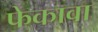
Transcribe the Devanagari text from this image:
फेकावा